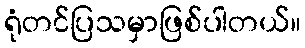
ရုံတင်ပြသမှာဖြစ်ပါတယ်။